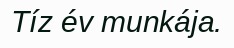
Tíz év munkája.